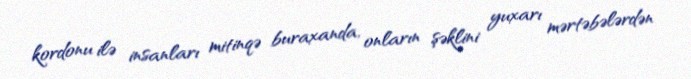
kordonu ilə insanları mitinqə buraxanda, onların şəklini yuxarı mərtəbələrdən